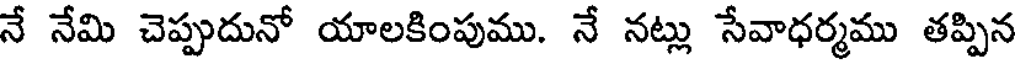
నే నేమి చెప్పుదునో యాలకింపుము. నే నట్లు సేవాధర్మము తప్పిన